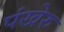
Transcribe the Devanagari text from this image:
पंखेरु